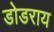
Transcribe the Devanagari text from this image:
डोडराय